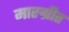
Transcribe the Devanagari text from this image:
मारग्रीत